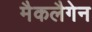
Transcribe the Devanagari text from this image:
मैकलैगेन